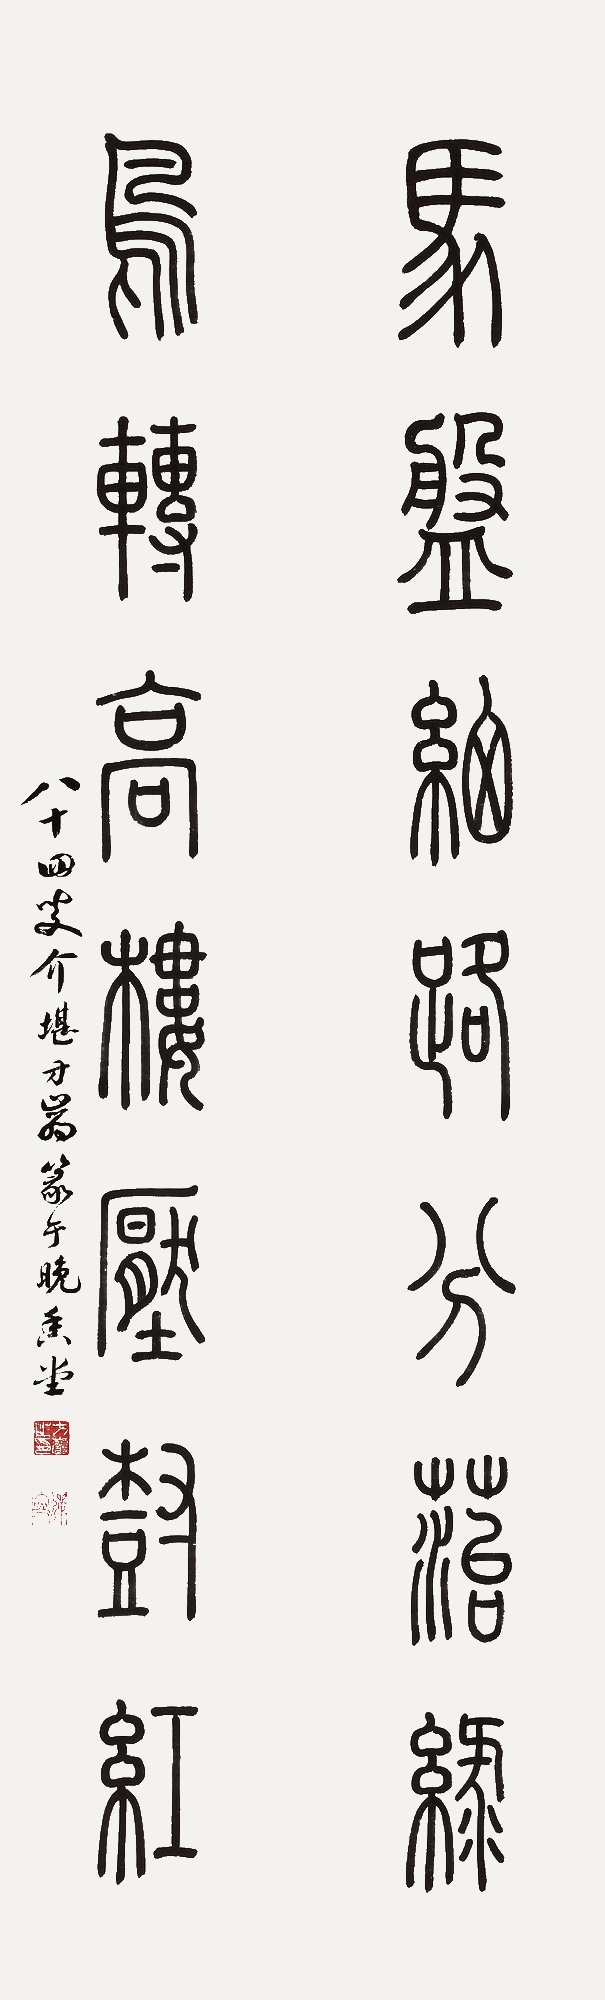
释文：马盘细路分菭绿，鸟转高楼压树红。八十四叟介勘方岩篆于晚香堂。